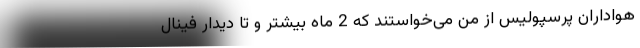
هواداران پرسپولیس از من می‌خواستند که 2 ماه بیشتر و تا دیدار فینال